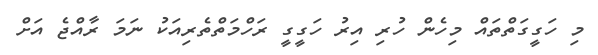
މި ހަގީގަތްތައް މިހެން ހުރި އިރު ހަގީގީ ރަހްމަތްތެރިއަކު ނަމަ ރާއްޖެ އަށް